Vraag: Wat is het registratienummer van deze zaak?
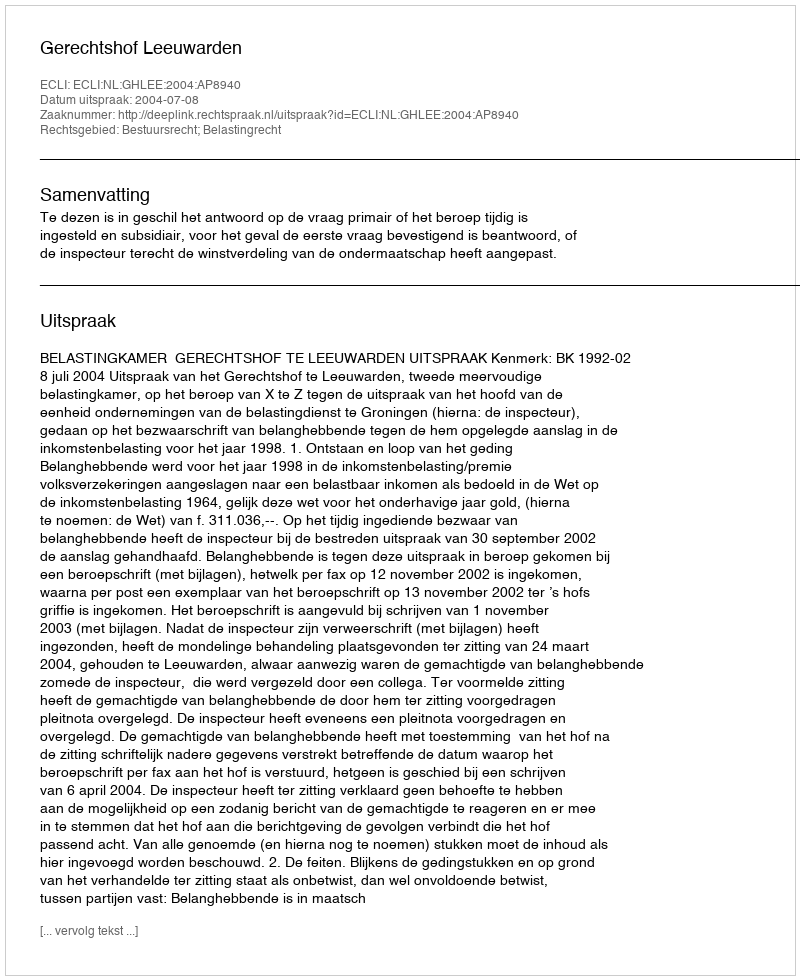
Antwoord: http://deeplink.rechtspraak.nl/uitspraak?id=ECLI:NL:GHLEE:2004:AP8940